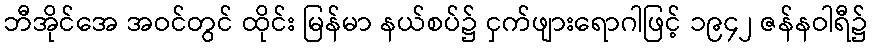
ဘီအိုင်အေ အဝင်တွင် ထိုင်း မြန်မာ နယ်စပ်၌ ငှက်ဖျားရောဂါဖြင့် ၁၉၄၂ ဇန်နဝါရီ၌